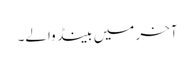
آخر میں بینڈ والے۔